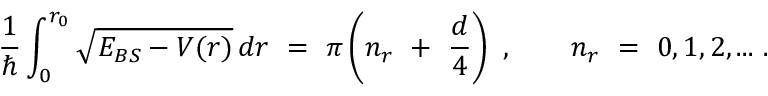
\frac { 1 } { \hbar } \int _ { 0 } ^ { r _ { 0 } } \sqrt { E _ { B S } - V ( r ) } \, d r \ = \ \pi \left( n _ { r } \ + \ \frac { d } { 4 } \right) \ , \qquad n _ { r } \ = \ 0 , 1 , 2 , . . . \ .